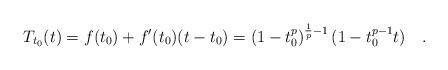
LaTeX: \begin{align*}T_{t_0}(t)=f(t_0)+f'(t_0)(t-t_0)=\left(1-t_0^p\right)^{\frac{1}{p}-1}(1-t_0^{p-1}t)\quad.\end{align*}